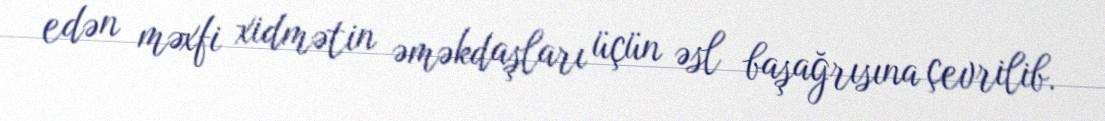
edən məxfi xidmətin əməkdaşları üçün əsl başağrısına çevrilib.